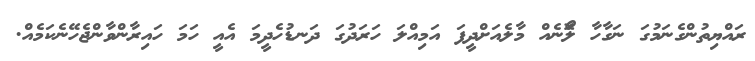
ރައްޔިތުންގެނަމުގަ ނަގާހާ ލޯޮނެއް މާލެއަށްދީފަ އަމިއްލަ ހަރަދުގަ ދަނޑުހެދީމަ އެއީ ހަމަ ހައިރާންވާންޖެހޭނެކަމެއް.